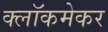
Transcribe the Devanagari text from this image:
क्लॉकमेकर